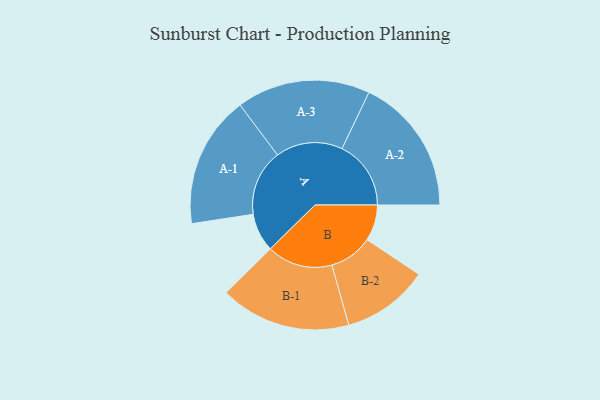
{"axis": {"x": "Segment", "y": "Value"}, "legend": ["", "A", "B"], "data": [{"x": "A", "y": 146, "type": ""}, {"x": "B", "y": 137, "type": ""}, {"x": "A-1", "y": 251, "type": "A"}, {"x": "A-2", "y": 262, "type": "A"}, {"x": "A-3", "y": 254, "type": "A"}, {"x": "B-1", "y": 249, "type": "B"}, {"x": "B-2", "y": 165, "type": "B"}]}